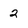
Character: 2